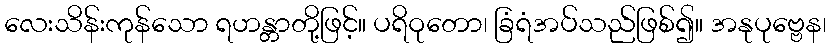
လေးသိန်းကုန်သော ရဟန္တာတို့ဖြင့်။ ပရိဝုတော၊ ခြံရံအပ်သည်ဖြစ်၍။ အနုပုဗ္ဗေန၊